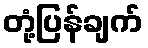
တုံ့ပြန်ချက်